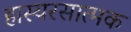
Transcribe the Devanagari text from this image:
हास्यरसात्मक